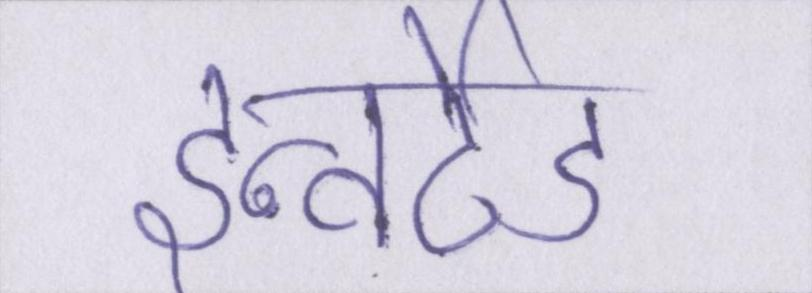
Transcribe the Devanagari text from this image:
इन्वर्टेड